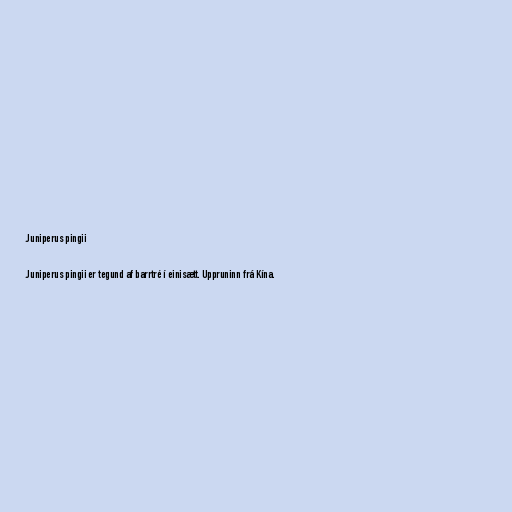
Juniperus pingii

Juniperus pingii er tegund af barrtré í einisætt. Uppruninn frá Kína.